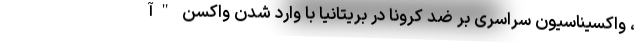
، واکسیناسیون سراسری بر ضد کرونا در بریتانیا با وارد شدن واکسن "آ